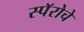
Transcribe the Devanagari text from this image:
स्पॅरोचे